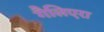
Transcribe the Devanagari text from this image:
गैलिएरा